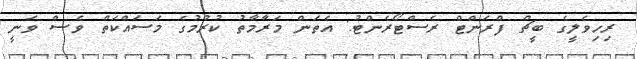
ރިހިވެލީގެ ބީޗް ފްރަންޓް ރެސްޓޯރެންޓު: އެތަން މަރާމާތު ކުރުމުގެ މަސައްކަތް ވެސް ވަނީ